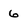
Character: 6